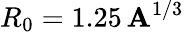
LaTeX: R_{0}=1.25\, \mathbf{A}^{1/3}